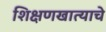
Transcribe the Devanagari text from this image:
शिक्षणखात्याचे